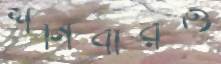
শনিবারও